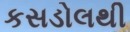
કસડોલથી